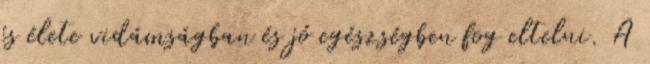
és élete vidámságban és jó egészségben fog eltelni. A